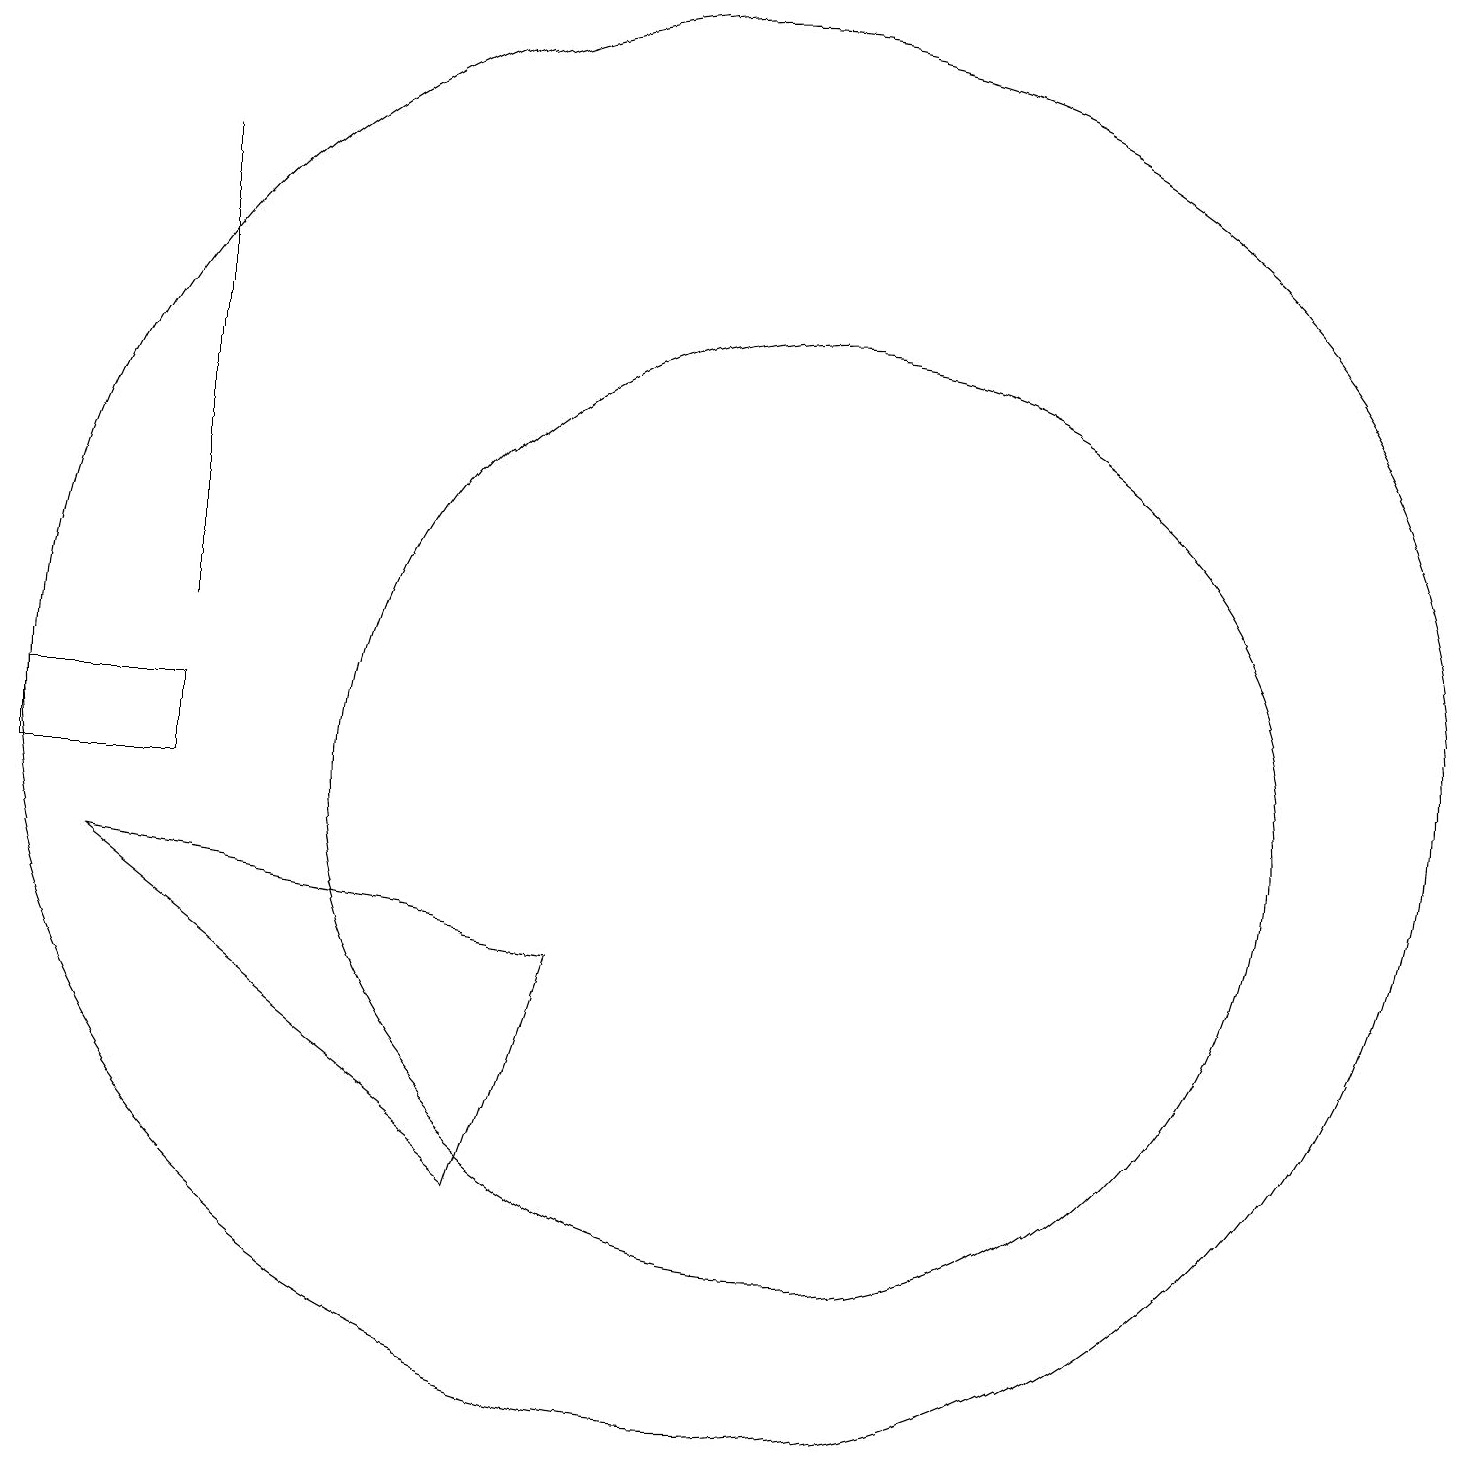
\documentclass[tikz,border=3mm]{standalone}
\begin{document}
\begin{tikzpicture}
\draw (3,12) rectangle (3,18);
\draw (7,5) -- (2,9) -- (8,8) -- cycle;
\draw (10,11) circle (9);
\draw (1,11) rectangle (3,10);
\draw (11,10) circle (6);
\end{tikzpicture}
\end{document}